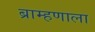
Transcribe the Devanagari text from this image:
ब्राम्हणाला